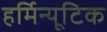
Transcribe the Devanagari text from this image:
हर्मिन्यूटिक